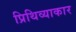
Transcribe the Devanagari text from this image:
प्रिथिव्याकार